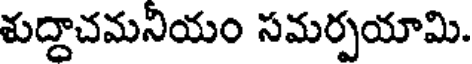
శుద్దాచమనియం సమర్పయామి.